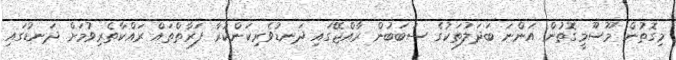
މިގޮތުން މޫސޫމީގޮތުން އަންނަ ބަދަލުތަކުގެ ސަބަބުން ރާއްޖޭގައި ދަނޑުވެރިކަންކުރާ ފަރާތްތައް ރައްކާތެރިވުމަށް ދަނޑުގައި